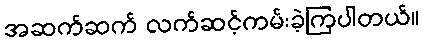
အဆက်ဆက် လက်ဆင့်ကမ်းခဲ့ကြပါတယ်။